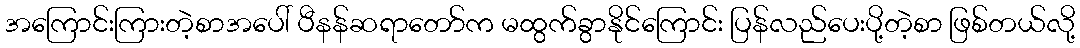
အကြောင်းကြားတဲ့စာအပေါ် ပီနန်ဆရာတော်က မထွက်ခွာနိုင်ကြောင်း ပြန်လည်ပေးပို့တဲ့စာ ဖြစ်တယ်လို့